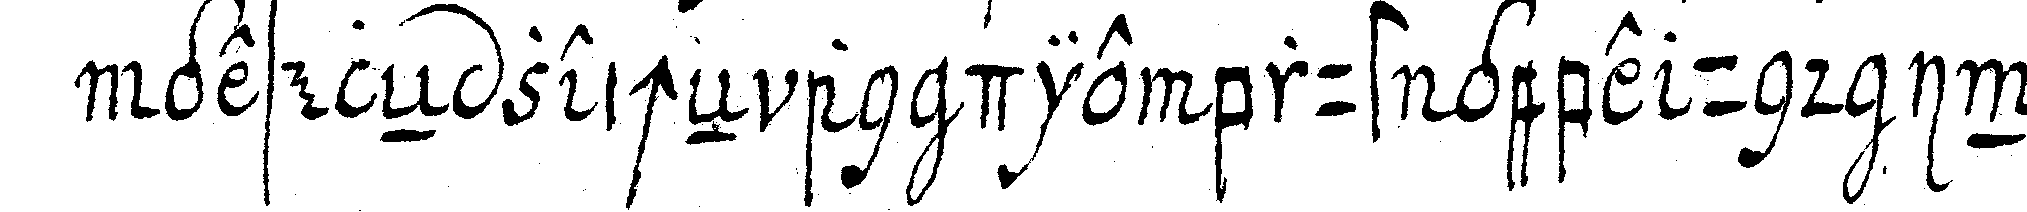
geseleN zeicheN an die brust gebe und in